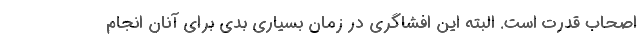
اصحاب قدرت است. البته این افشاگری در زمان بسیاری بدی برای آنان انجام